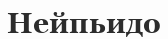
Нейпьидо